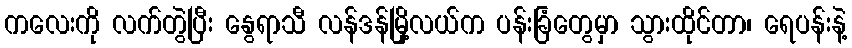
ကလေးကို လက်တွဲပြီး နွေရာသီ လန်ဒန်မြို့လယ်က ပန်းခြံတွေမှာ သွားထိုင်တာ၊ ရေပန်းနဲ့